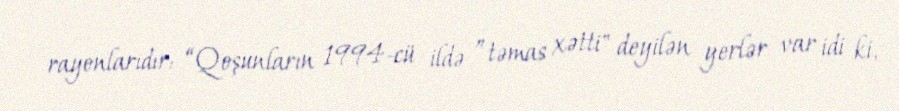
rayonlarıdır: “Qoşunların 1994-cü ildə ”təmas xətti" deyilən yerlər var idi ki,